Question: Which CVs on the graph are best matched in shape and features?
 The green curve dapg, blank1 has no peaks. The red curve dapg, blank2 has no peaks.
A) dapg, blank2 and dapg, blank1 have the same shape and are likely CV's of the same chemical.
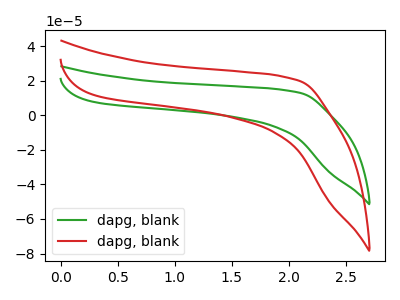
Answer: <think>Neither "dapg, blank1" or "dapg, blank2" have any peaks.
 </think>
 <answer>A) "dapg, blank2" and "dapg, blank1" have the same shape and are likely CV's of the same chemical.</answer>
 <eval>A</eval>